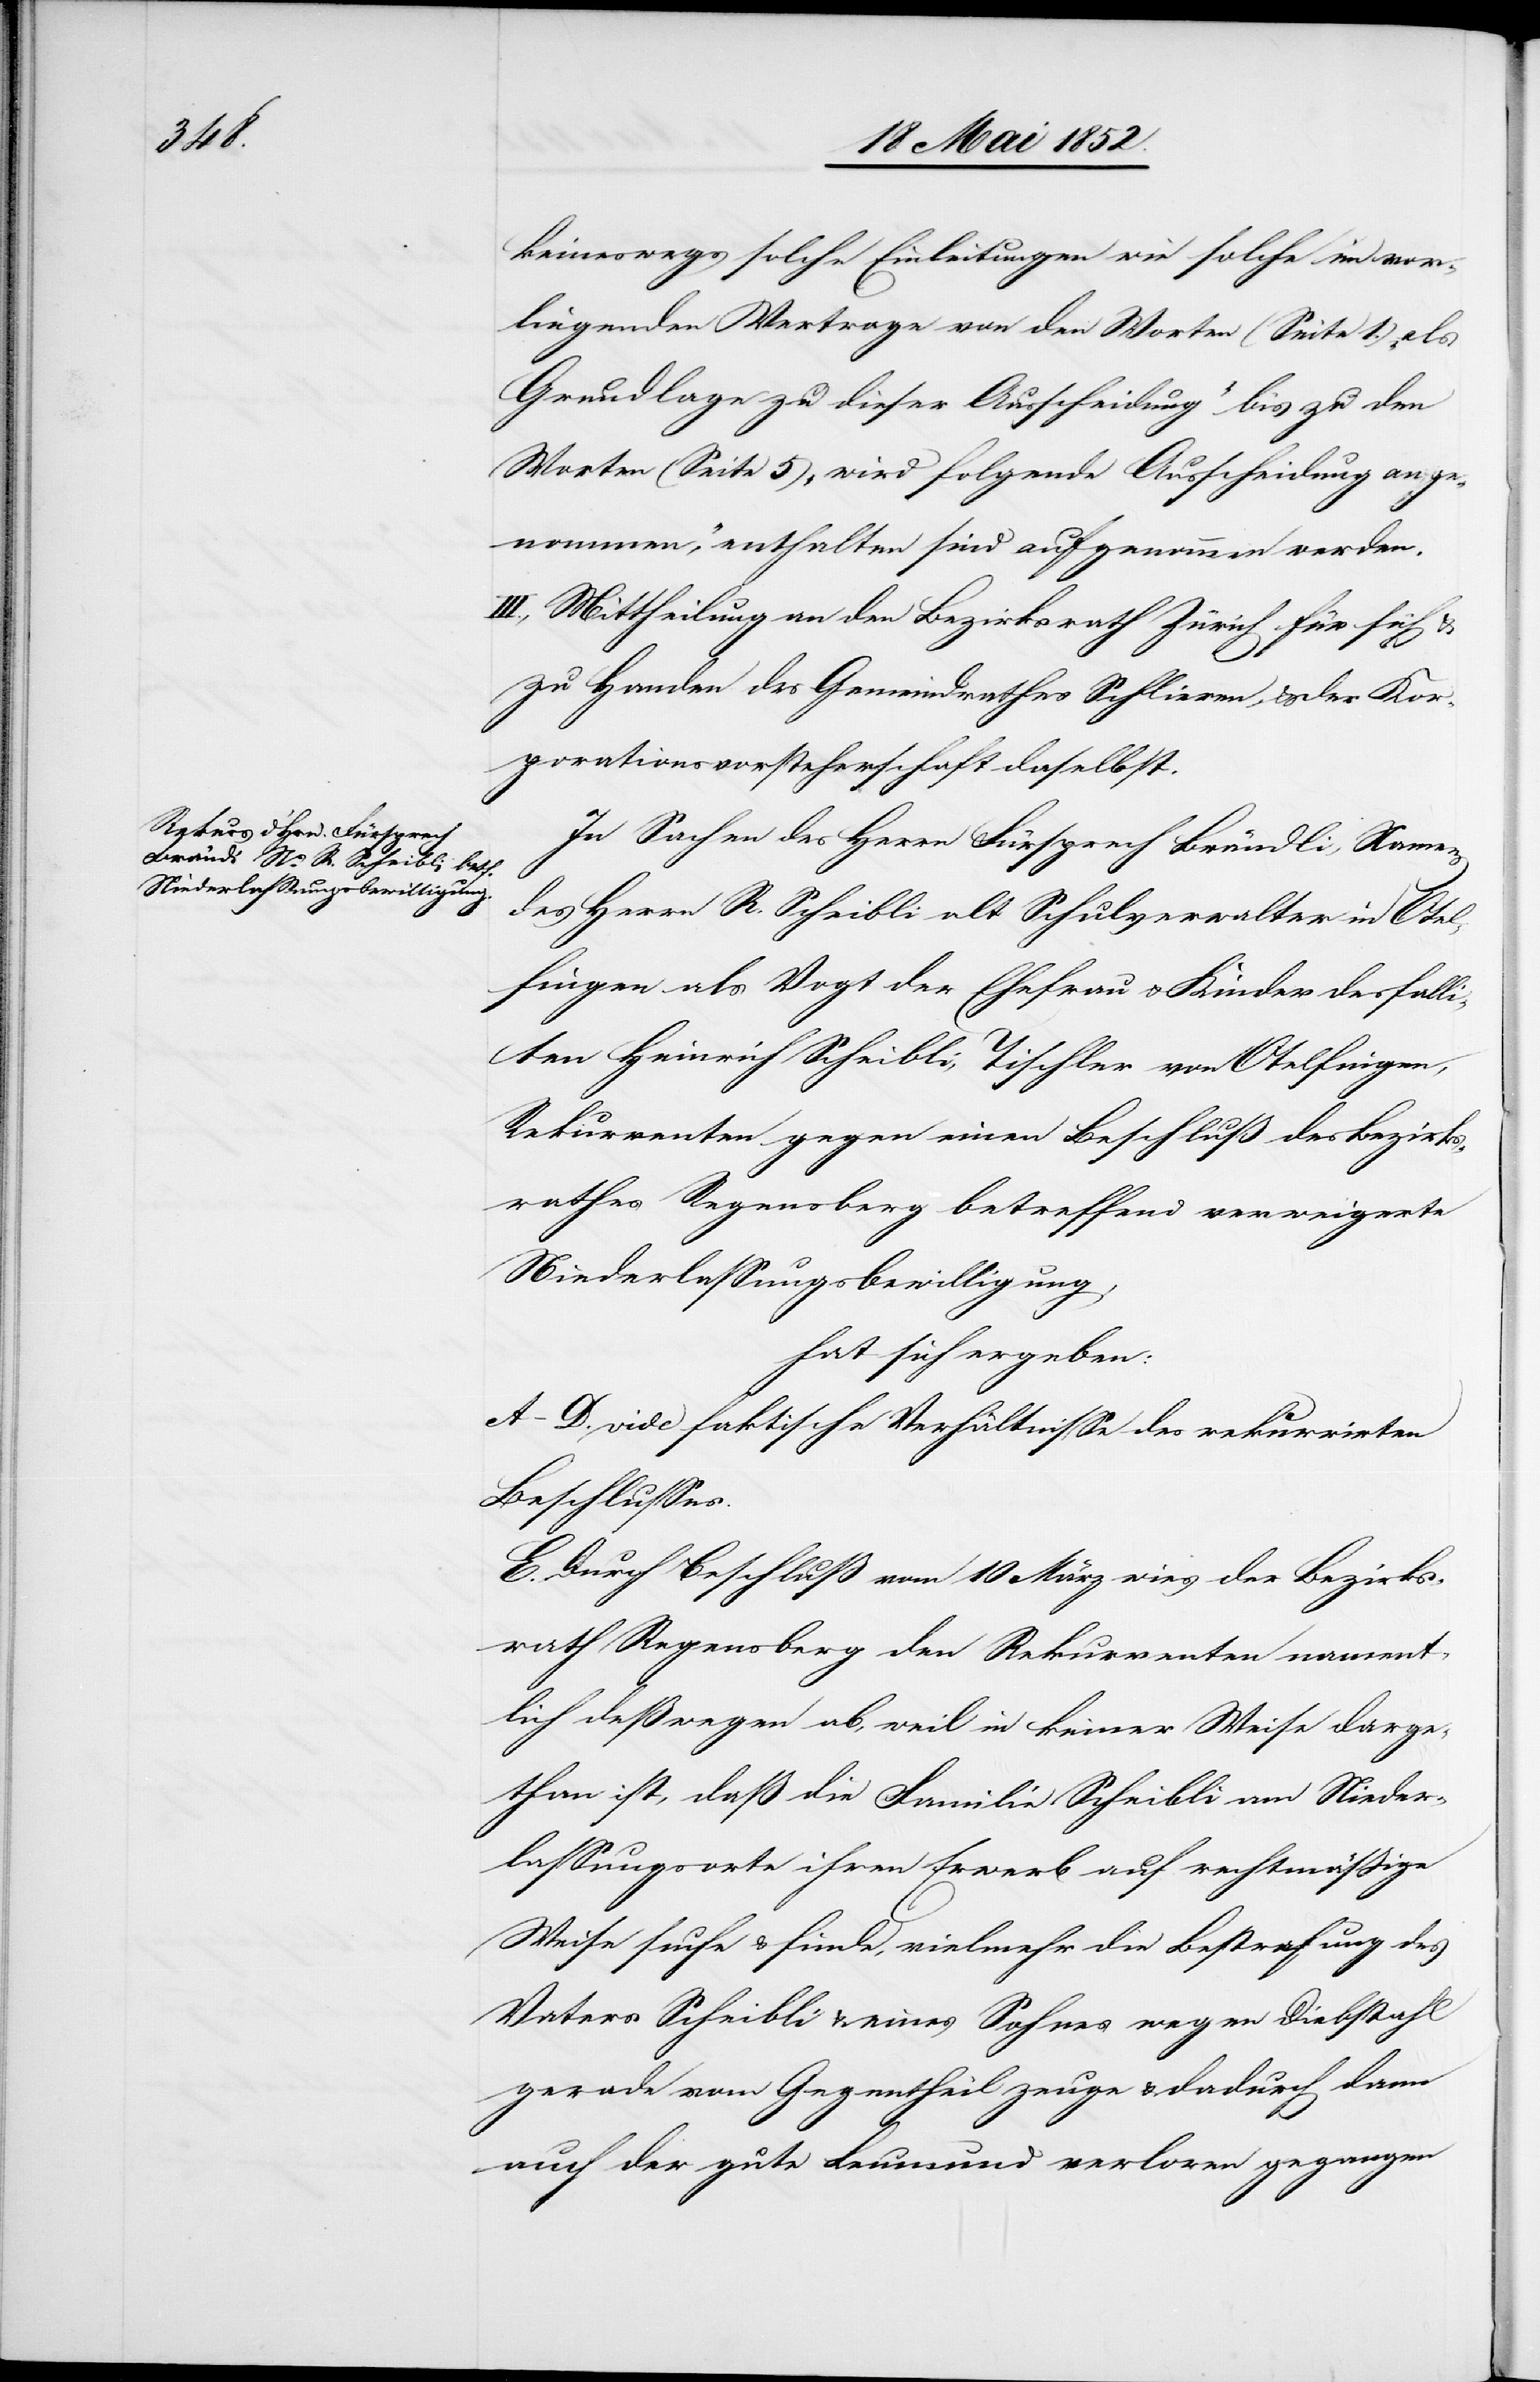
keineswegs solche Einleitungen wie solche im vor¬
liegenden Vertrage von den Worten (Seite 1.) „als
Grundlage zu dieser Ausscheidung“ bis zu den
Worten (Seite 5) „wird folgende Ausscheidung ange¬
nommen,“ enthalten sind aufgenommen werden.
III., Mittheilung an den Bezirksrath Zürich für sich &
zu Handen des Gemeindrathes Schlieren, & der Kor¬
porationsvorsteherschaft daselbst.
In Sachen des Herrn Fürsprech Brändli, Namens
des Herrn R. Scheibli alt Schulverwalter in Otel¬
fingen als Vogt der Ehefrau & Kinder des falli¬
ten Heinrich Scheibli, Tischler von Otelfingen,
Rekurrenten gegen einen Beschluß des Bezirks¬
rathes Regensberg betreffend verweigerte
Niederlassungsbewilligung,
hat sich ergeben:
A–D. vide faktische Verhältnisse des rekurrirten
Beschlusses.
E. Durch Beschluß vom 10 März wies der Bezirks¬
rath Regensberg den Rekurrenten nament¬
lich deßwegen ab, weil in keiner Weise darge¬
than ist, daß die Familie Scheibli am Nieder¬
lassungsorte ihren Erwerb auf rechtmässige
Weise suche & finde, vielmehr die Bestrafung des
Vaters Scheibli & eines Sohnes wegen Diebstahl
gerade vom Gegentheil zeuge & dadurch dann
auch der gute Leumund verloren gegangen